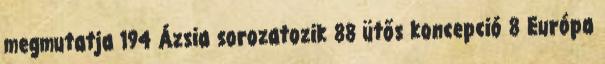
megmutatja 194 Ázsia sorozatozik 88 ütős koncepció 8 Európa